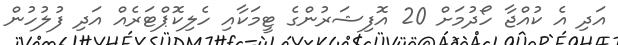
އަދި އެ ކުއްޖާ ހޯދުމަށް 20 އޮފިޝަރުންގެ ޓީމަކާއި ހެލިކޮޕްޓަރެއް އަދި ފުލުހުން